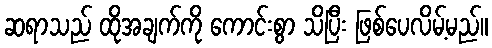
ဆရာသည် ထိုအချက်ကို ကောင်းစွာ သိပြီး ဖြစ်ပေလိမ့်မည်။